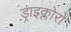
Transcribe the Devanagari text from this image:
ड्राइक्लोरो